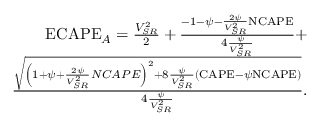
\begin{array} { r } { \mathrm { E C A P E } _ { A } = \frac { V _ { S R } ^ { 2 } } { 2 } + \frac { - 1 - \psi - \frac { 2 \psi } { V _ { S R } ^ { 2 } } \mathrm { N C A P E } } { 4 \frac { \psi } { V _ { S R } ^ { 2 } } } + } \\ { \frac { \sqrt { \left( 1 + \psi + \frac { 2 \psi } { V _ { S R } ^ { 2 } } N C A P E \right) ^ { 2 } + 8 \frac { \psi } { V _ { S R } ^ { 2 } } \left( \mathrm { C A P E } - \psi \mathrm { N C A P E } \right) } } { 4 \frac { \psi } { V _ { S R } ^ { 2 } } } . } \end{array}